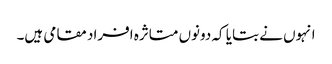
انہوں نے بتایا کہ دونوں متاثرہ افراد مقامی ہیں۔